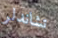
تشاندلر